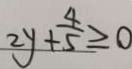
2 y + \frac { 4 } { 5 } \geq 0